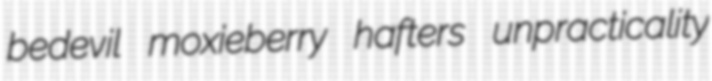
bedevil moxieberry hafters unpracticality